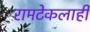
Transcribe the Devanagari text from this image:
रामटेकलाही